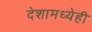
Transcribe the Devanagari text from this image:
देशामध्येही